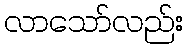
လာသော်လည်း